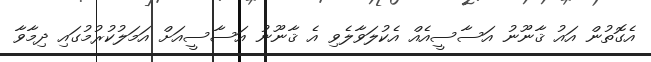
އެގޮތުން އައު ޤާނޫނު އަސާސީއެއް އެކުލަވާލެވި އެ ޤާނޫނު އަސާސީއަށް އަމަލުކުރުމުގައި ދިމާވާ